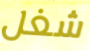
شغل